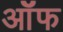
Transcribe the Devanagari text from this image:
ऑॅफ